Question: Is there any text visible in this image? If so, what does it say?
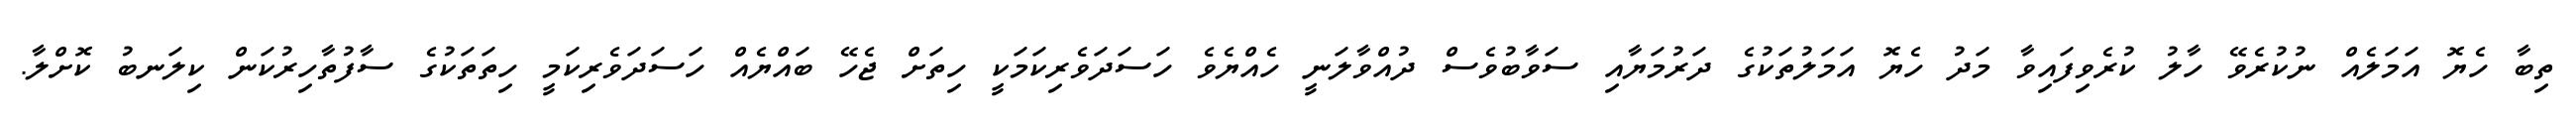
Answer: ތިބާ ހެޔޮ އަމަލެއް ނުކުރެވޭ ހާލު ކުރެވިފައިވާ މަދު ހެޔޮ އަމަލުތަކުގެ ދަރުމަޔާއި ސަވާބުވެސް ދުއްވާލަނީ ހެއްޔެވެ ހަސަދަވެރިކަމަކީ ހިތަށް ޖެހޭ ބައްޔެއް ހަސަދަވެރިކަމީ ހިތަތަކުގެ ސާފުތާހިރުކަން ކިލަނބު ކޮށްލާ.